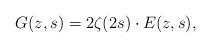
LaTeX: \begin{align*}G(z,s)=2\zeta(2s)\cdot E(z,s),\end{align*}